画像に写った文字を読んでください
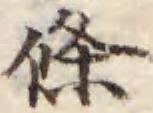
「條」と書いてあります